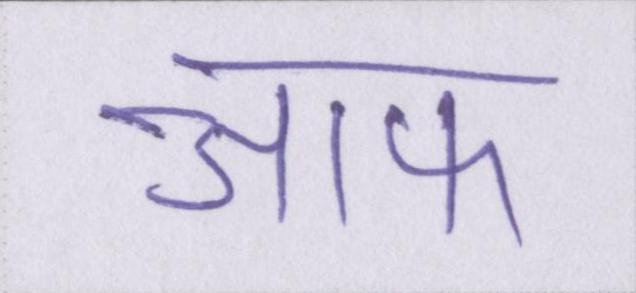
आफ